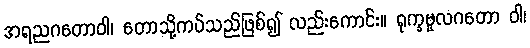
အရညဂတောဝါ၊ တောသို့ကပ်သည်ဖြစ်၍ လည်းကောင်း။ ရုက္ခမူလဂတော ဝါ၊